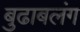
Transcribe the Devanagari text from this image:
बुढाबलंग